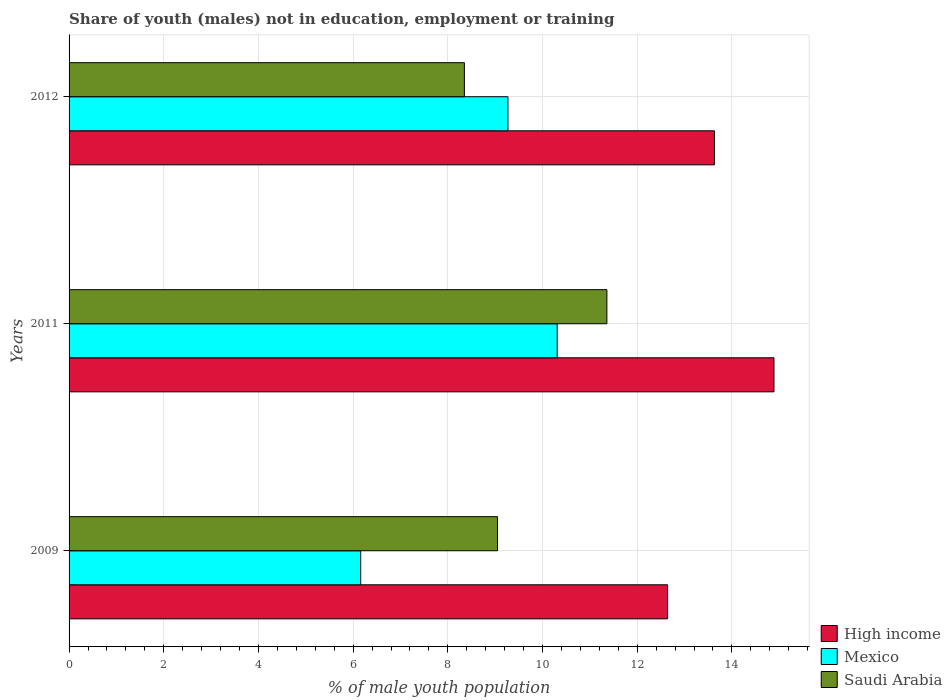
| Years | High income | Mexico | Saudi Arabia |
 | --- | --- | --- | --- |
 | 2009 | 12.6 | 6.16 | 9.05 |
 | 2011 | 14.9 | 10.3 | 11.4 |
 | 2012 | 13.6 | 9.27 | 8.35 |